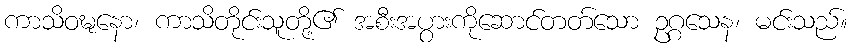
ကာသိဝဍ္ဎနော၊ ကာသိတိုင်းသူတို့၏ အစီးအပွားကိုဆောင်တတ်သော ဥဂ္ဂသေန၊ မင်းသည်။